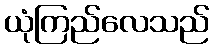
ယုံကြည်လေသည်